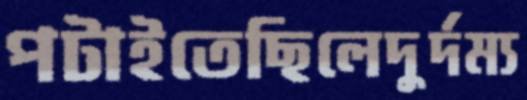
পটাইতেছিলেদুর্দম্য